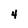
Character: 4